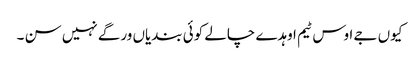
کیوں جے اوس ٹیم اوہدے چالے کوئی بندیاں ورگے نہیں سن ۔